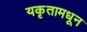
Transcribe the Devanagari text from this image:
यकृतामधून